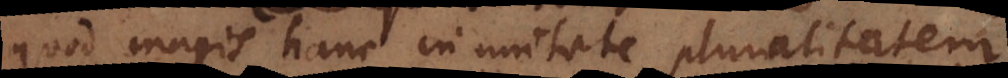
quod magis hanc in unitate pluralitatem